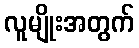
လူမျိုးအတွက်